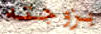
بزوجته